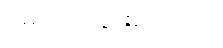
ဝမ်းသာသွားမိ သည်။